Madras plague regulations in force outside the Presidency town - Volume 5
Disease focus: Plague
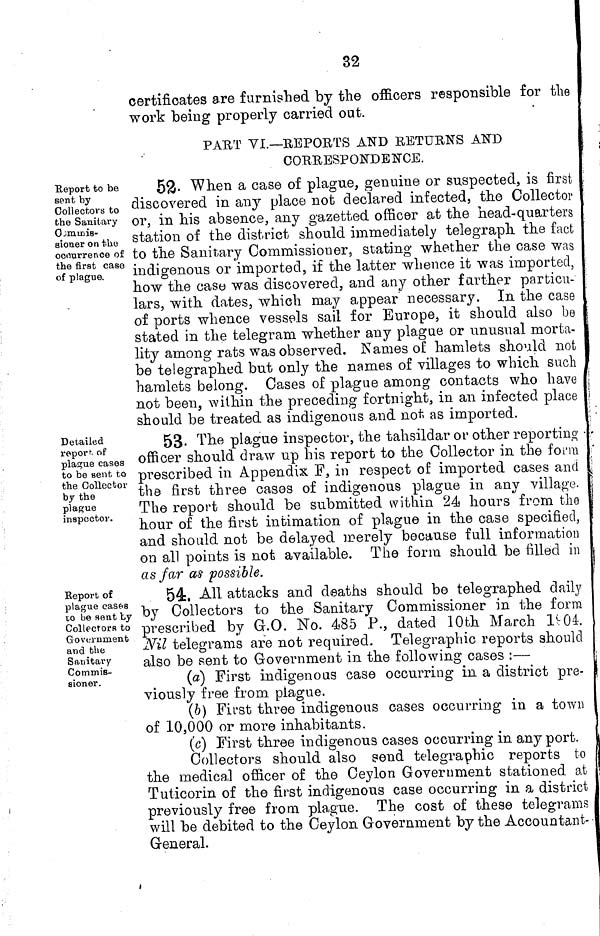
32
certificates are furnished by the officers responsible for the
work being properly carried out.
PART VI.—REPORTS AND RETURNS AND
CORRESPONDENCE.
Report to be
sent by
Collectors to
the Sanitary
0,-m.iDÍB-
sioner on the
occurrence of
the first case
of plague.
5&. When a case of plague, genuine or suspected, is first
discovered in any place not declared infected, the Collector
or, in his absence, any gazetted officer at the head-quarters
station of the district should immediately telegraph, the fact
to the Sanitary Commissioner, stating whether the case was
indigenous or imported, if the latter whence it was imported,
how the case was discovered, and any other farther particu-
lars, with dates, which may appear necessary. In the case
of ports whence vessels sail for Europe, it should also be
stated in the telegram whether any plague or unusual morta-
lity among rats was observed. Names of hamlets should not
be telegraphed but only the names of -villages to which such
hamlets belong. Oases of plague among contacts who have
not been, within the preceding fortnight,, in an infected place
should be treated as indigenous and not as imported.
Detailed
report of
plaecue cases
to be sent to
the Collector
by the
plague
inspector.
53- The plague inspector, the tahsildar or other reporting
officer should draw up his report to the Collector in the forra
prescribed in Appendix F, in respect of imported cases and
the first three cases of indigenous plague in any village.
The report should be submitted within 24 hours from the
hour of the first intimation of plague in the case specified,
and should not be delayed merely because full information
on all points is not available. The form should be filled in
as far as possible.
Report of
plague cases
10 be sent by
Collectors to
Government
and the
Sanitary
Commis-
sioner.
54. All attacks and deaths should be telegraphed daily
by Collectors to the Sanitary Commissioner in the form
prescribed by G.O. No. 485 P., dated 10th March Iv04.
Nil telegrams are not required. Telegraphic reports should
also be sent to Government in the following cases :—
(a) First indigenous case occurring in a district pre-
viously free from plague.
(6) First three indigenous cases occurring in a town
of 10,000 or more inhabitants.
(c) First three indigenous cases occurring in any port.
Collectors should also send telegraphic reports to
the medica] officer of the Ceylon Government stationed at
Tuticorin of the first indigenous case occurring in a district
previously free from plague. The cost of these telegrams
will be debited to the Ceylon Government by the Accountant-
General.